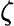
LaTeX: \zeta